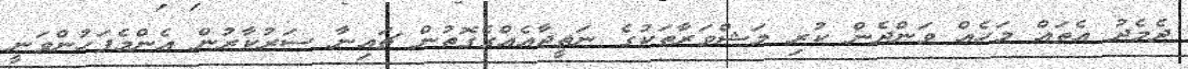
ދެމެދު އެތައް މަހެއް ވަންދެން ކުރި މަޝްވަރާތަކުގެ ނަތީޖާއެއްގެގޮތުން ޗައިނާ ސަރުކާރުން އެންމެފަހުންވަނީ